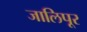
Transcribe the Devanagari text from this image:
जालिपूर